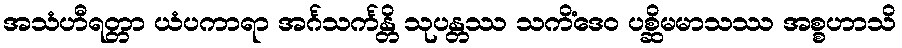
အသံဟီရတ္တာ ယံပကာရာ အင်္ဂသင်္ကန္တိ သုပန္တဿ သကိံဒေဝ ပစ္ဆိမမာသဿ အစ္စဟာသိ